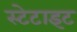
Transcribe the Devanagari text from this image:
स्टेटाइट